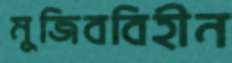
মুজিববিহীন